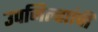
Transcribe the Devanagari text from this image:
उपजिल्ह्यांची